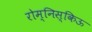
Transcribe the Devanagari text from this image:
रोम्निस्किऊ